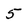
Character: 5